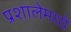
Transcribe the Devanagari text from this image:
प्रशालेमध्ये